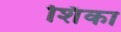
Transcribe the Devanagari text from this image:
शिंका